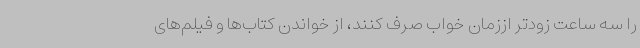
را سه ساعت زودتر اززمان خواب صرف کنند، از خواندن کتاب‌ها و فیلم‌های